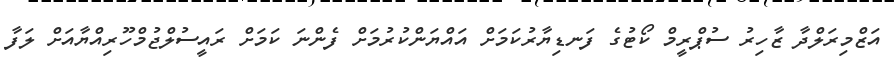
އަޒްމިރަލްދާ ޒާހިރު ސުޕްރީމް ކޯޓުގެ ފަނޑިޔާރުކަމަށް އައްޔަންކުރުމަށް ފެންނަ ކަމަށް ރައީސުލްޖުމްހޫރިއްޔާއަށް ލަފާ